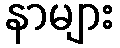
နာများ